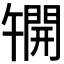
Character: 𫔦